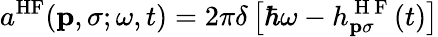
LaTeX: a^{\mathrm{HF}}(\textbf{p},\sigma;\omega,t)=2\pi\delta\left[\hbar\omega-h_{\mathbf{p}\sigma}^{\mathrm{~H~F~}}(t)\right]